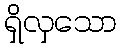
ရှိလှသော